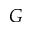
G